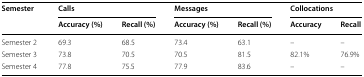
| <ROWSPAN=2> Semester | <COLSPAN=2> Calls | <COLSPAN=2> Messages | <COLSPAN=2> Collocations |
 | Accuracy (%) | Recall (%) | Accuracy (%) | Recall (%) | Accuracy | Recall |
 | --- | --- | --- | --- | --- | --- | --- |
 | Semester 2 | 69.3 | 68.5 | 73.4 | 63.1 | – | – |
 | Semester 3 | 73.8 | 70.5 | 70.5 | 81.5 | 82.1% | 76.9% |
 | Semester 4 | 77.8 | 75.5 | 77.9 | 83.6 | – | – |